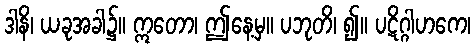
ဒါနိ၊ ယခုအခါ၌။ ဣတော၊ ဤနေ့မှ။ ပဘုတိ၊ ၍။ ပဋိဂ္ဂါဟကေ၊